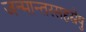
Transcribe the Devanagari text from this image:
जन्मान्तरसहस्रेषु